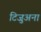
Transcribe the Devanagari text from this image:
टिजुअना